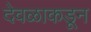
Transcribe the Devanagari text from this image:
देवळाकडून